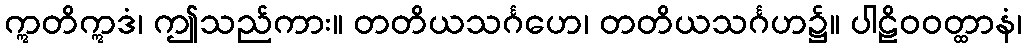
ဣတိဣဒံ၊ ဤသည်ကား။ တတိယသင်္ဂဟေ၊ တတိယသင်္ဂဟ၌။ ပါဠိဝဝတ္ထာနံ၊